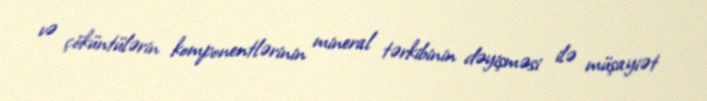
və çöküntülərin komponentlərinin mineral tərkibinin dəyişməsi ilə müşayiət